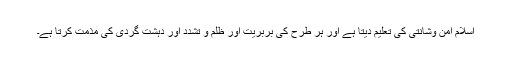
اسلام امن وشانتی کی تعلیم دیتا ہے اور ہر طرح کی بربریت اور ظلم و تشدد اور دہشت گردی کی مذمت کرتا ہے۔